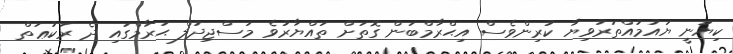
ކިޔަނީ ޔައުމުއްތަރުވިޔާ ކުރިންވެސް އިޙްރާމްބަން ގޮތަށް ތައްޔާރުވެ މަސްޖިދުލް ޙަރާމްގައި ދެ ރަކުޢަތް